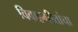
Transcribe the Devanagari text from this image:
विवाहगीतांचा